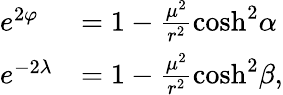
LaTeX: \begin{array}{ll}{{e^{2\varphi}}}&{{=1-\frac{\mu^{2}}{r^{2}}\cosh^{2}\! \alpha}}\\ {{e^{-2\lambda}}}&{{=1-\frac{\mu^{2}}{r^{2}}\cosh^{2}\! \beta,}}\end{array}